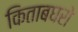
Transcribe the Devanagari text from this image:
किताबघरो